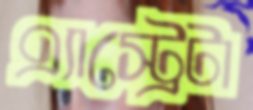
এ্যাস্ট্রেটা